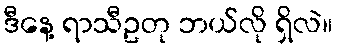
ဒီနေ့ ရာသီဥတု ဘယ်လို ရှိလဲ။